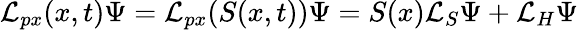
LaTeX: \mathcal{L}_{px}(x,t)\Psi=\mathcal{L}_{px}(S(x,t))\Psi=S(x)\mathcal{L}_{S}\Psi+\mathcal{L}_{H}\Psi